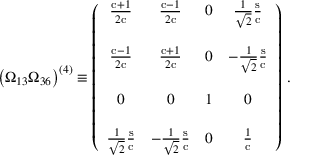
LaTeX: \left( \Omega _ { 1 3 } \Omega _ { 3 6 } \right) ^ { ( 4 ) } \equiv \left( \begin{array} { c c c c } { { \frac { \mathrm { c } + 1 } { 2 \mathrm { c } } } } & { { \frac { \mathrm { c } - 1 } { 2 \mathrm { c } } } } & { { 0 } } & { { \frac { 1 } { \sqrt { 2 } } \frac { \mathrm { s } } { \mathrm { c } } } } \\ { { } } & { { } } & { { } } & { { } } \\ { { \frac { \mathrm { c } - 1 } { 2 \mathrm { c } } } } & { { \frac { \mathrm { c } + 1 } { 2 \mathrm { c } } } } & { { 0 } } & { { - \frac { 1 } { \sqrt { 2 } } \frac { \mathrm { s } } { \mathrm { c } } } } \\ { { } } & { { } } & { { } } & { { } } \\ { { 0 } } & { { 0 } } & { { 1 } } & { { 0 } } \\ { { } } & { { } } & { { } } & { { } } \\ { { \frac { 1 } { \sqrt { 2 } } \frac { \mathrm { s } } { \mathrm { c } } } } & { { - \frac { 1 } { \sqrt { 2 } } \frac { \mathrm { s } } { \mathrm { c } } } } & { { 0 } } & { { \frac { 1 } { \mathrm { c } } } } \end{array} \right) \, .